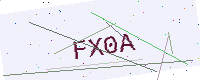
Text: FX0A